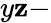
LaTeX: y\mathbf{z}-